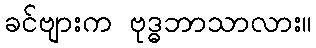
ခင်ဗျားက ဗုဒ္ဓဘာသာလား။